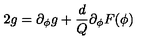
2 g = \partial _ { \phi } g + { \frac { d } { Q } } \partial _ { \phi } F ( \phi )